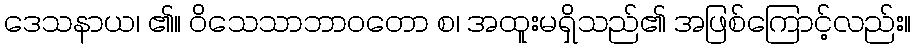
ဒေသနာယ၊ ၏။ ဝိသေသာဘာဝတော စ၊ အထူးမရှိသည်၏ အဖြစ်ကြောင့်လည်း။